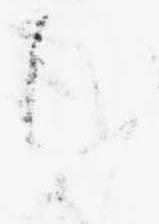
ち